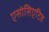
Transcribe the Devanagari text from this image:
एसोसिएटिव